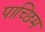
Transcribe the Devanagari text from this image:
पाच्छिम